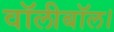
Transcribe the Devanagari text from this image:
वॉलीबॉल।